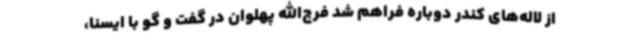
از لاله‌های کندر دوباره فراهم شد فرج‌الله پهلوان در گفت و گو با ایسنا،